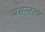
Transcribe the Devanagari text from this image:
प्रसन्नतम